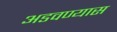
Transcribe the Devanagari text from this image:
अडवण्यास